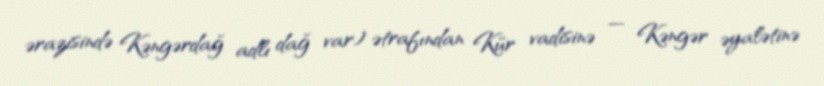
ərazisində Kəngərdağ adlı dağ var) ətrafından Kür vadisinə — Kəngər əyalətinə